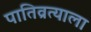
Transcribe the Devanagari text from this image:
पातिव्रत्याला